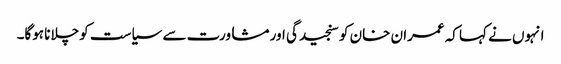
انہوں نے کہا کہ عمران خان کو سنجیدگی اور مشاورت سے سیاست کو چلانا ہوگا۔